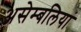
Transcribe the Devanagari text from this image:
असेम्बलियां